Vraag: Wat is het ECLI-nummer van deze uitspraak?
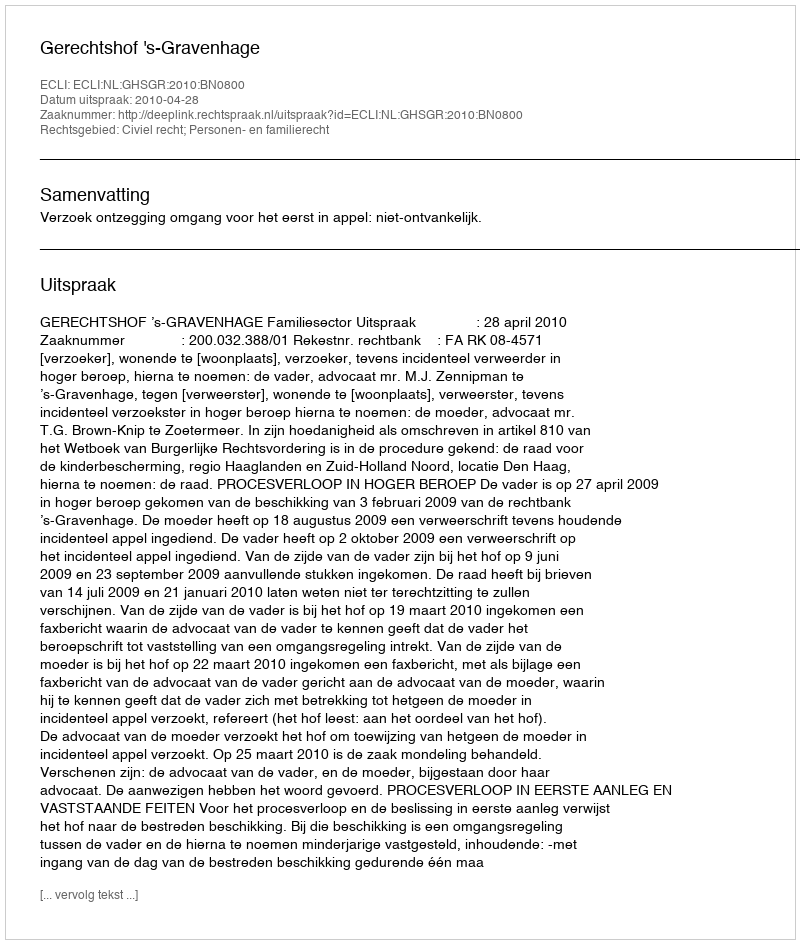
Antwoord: ECLI:NL:GHSGR:2010:BN0800